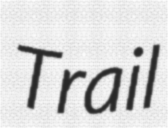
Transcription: Trail